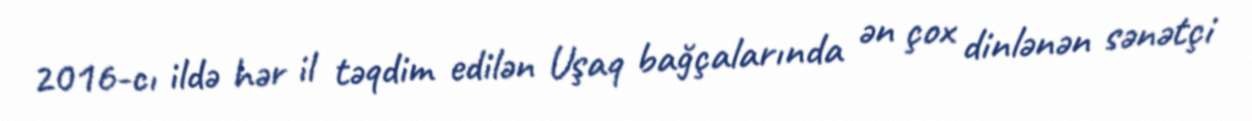
2016-cı ildə hər il təqdim edilən Uşaq bağçalarında ən çox dinlənən sənətçi